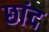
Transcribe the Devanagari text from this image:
छांद